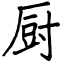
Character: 厨